Report of the Indian Hemp Drugs Commission, 1894-1895 - Volume III
Year: 1894
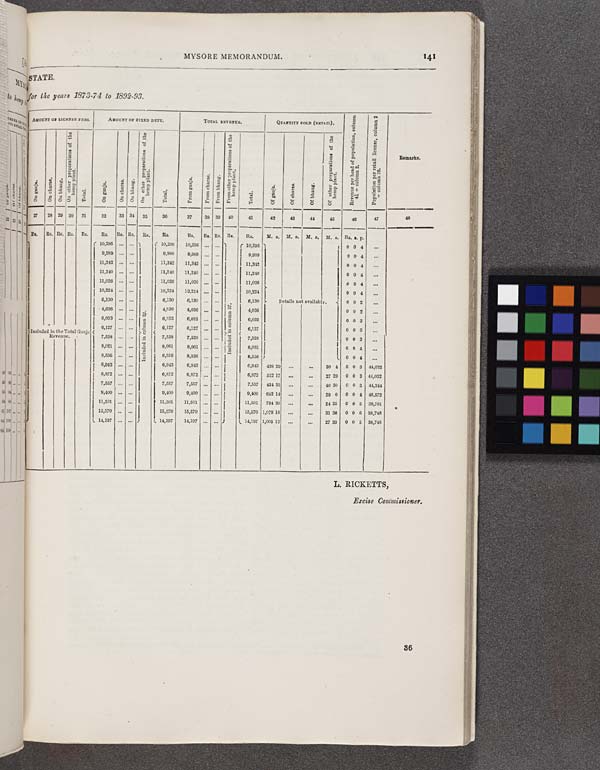
MYSORE MEMORANDUM.
141
STATE.
For the years 1873-74 to 1892-93.
AMOUNT Of LICENSE FEES.
AMOUNT OF FIXED DUTY.
TOTAL REVENUE.
Quantity SOLD (RETAIL).
Revenue
per head of population, column
41 + column 2.
Population per retail license, column 2
+ column 26.
Remarks.
On ganja.
On charas.
On bhang.
On other preparations of the
hemp plant.
Total.
On ganja.
On charas.
On bhang.
On other preparations of the
hemp plant.
Total.
From ganja.
From charas.
From bhang.
From other preparations of the
hemp plant.
Total.
Of ganja.
Of charas.
Of bhang.
Of other preparations of the
hemp plant.
Revenue
per head of population, column
41 + column 2.
Population per retail license, column 2
+ column 26.
Remarks.
27 28 SB 30 31
32
33 34
35
36
37
38 39
40
41
42
43
44
45
46
47
48
Rs. Rs. Rs. Rs. Rs.
RS.
Rs. Rs. Rs.
Rs.
Rs.
Rs. Rs. Rs.
Rs.
M. s. M. s. M. s. M. s. Rs. a. p.
10,206
Included in column
32.
10,296
10,296
included in column 37.
10,296
0 0 4
9,989
Included in column
32.
9,989
9,989
included in column 37.
9,989
0 0 4
11,342
Included in column
32.
11,342
11,342
included in column 37.
11,342
0 0 4
11,240
Included in column
32.
11,240
11,240
included in column 37.
11,240
0 0 4
11,026
Included in column
32.
11,026
11,026
included in column 37.
11,026
0 0 4
10,224
Included in column
32.
10,224
10,224
included in column 37.
10,224
0 0 4
6,130
Included in column
32.
6,130
6,130
included in column 37.
6,130
Details not available.
0 0 2
4,036
Included in column
32.
4,036
4,036
included in column 37.
4,036
0 0 2
6,033
Included in column
32.
6,033
6,033
included in column 37.
6,033
0 0 3
Included in the Total Ganja
Revenue.
6,127
Included in column
32.
6,127
6,127
included in column 37.
6,127
0 0 3
Included in the Total Ganja
Revenue.
7,528
Included in column
32.
7,528
7,528
included in column 37.
7,528
0 0 3
8,061
Included in column
32.
8,061
8,061
included in column 37.
8,081
0 0 4
8,556
Included in column
32.
8,556
8,556
included in column 37.
8,556
0 0 4
6,943
Included in column
32.
6,943
6,943
included in column 37.
6,943
438 29
30 4
0 0 3 44,032
6,872
Included in column
32.
6,872
6,872
included in column 37.
6,872
512 17
27 29
0 0 3 44,032
7,557
Included in column
32.
7,557
7,557
included in column 37.
7,557
434 32
40 30
0 0 3 44,344
9,400
Included in column
32.
9,400
9,400
included in column 37.
9,400
642 14
29 0 0 0 4 46,572
11,501
Included in column
32.
11,501
11,501
included in column 37.
11,501 794 39
24 25 0 0 5 39,701
15,570
Included in column
32.
15,570
15,570
included in column 37.
15,570 1,078 16
31 36 0 0 6 38,748
14,197
Included in column
32.
14,197
14,197
included in column 37.
14,197 1,005 12
27 33
0 0 5 38,748
L. RICKETTS,
Excise Commissioner.